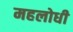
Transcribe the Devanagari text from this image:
महलोधी